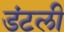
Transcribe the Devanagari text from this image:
डंटली